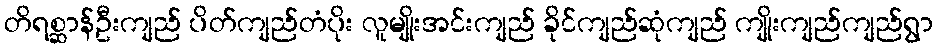
တိရစ္ဆာန်ဦးကျည် ပိတ်ကျည်တံပိုး လူမျိုးအင်းကျည် ခိုင်ကျည်ဆုံကျည် ကျိုးကျည်ကျည်ရွာ